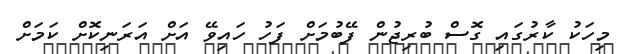
މިހަކު ކާރުގައި ގޮސް ބުރިޖުން ފޭބުމަށް ފަހު ހައިވޭ އަށް އަރަނިކޮށް ކަމަށް